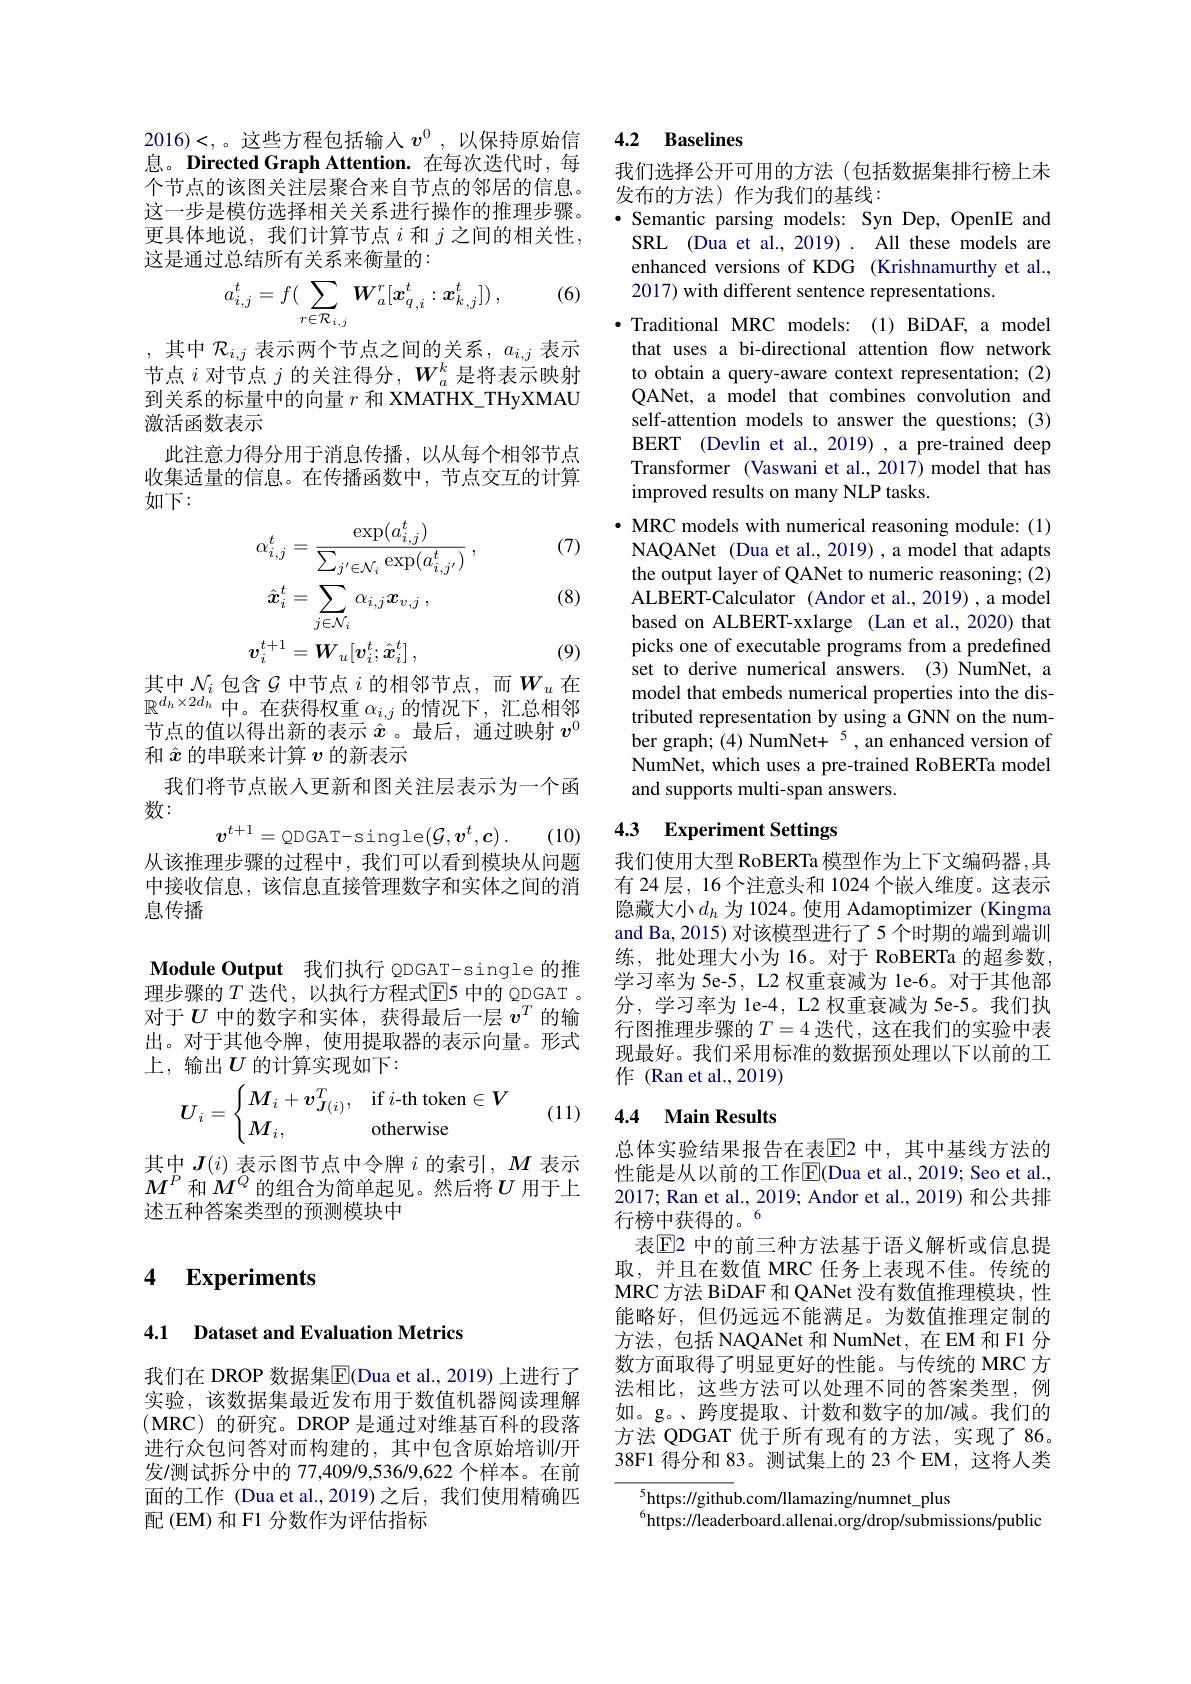
2016)<,。这些方程包括输入$v^0$,以保持原始信息。Directed Graph Attention.在每次迭代时，每个节点的该图关注层聚合来自节点的邻居的信息。这一步是模仿选择相关关系进行操作的推理步骤。更具体地说，我们计算节点$i$和$j$之间的相关性， 这是通过总结所有关系来衡量的：

(6)
$$a_{i,j}^t=f(\sum_{r\in\mathcal{R}_{i,j}}\boldsymbol{W}_{a}^{r}[\boldsymbol{x}_{q,i}^{t}:\boldsymbol{x}_{k,j}^{t}])\:,$$
,其中 $\mathcal{R}_i,j$ 表示两个节点之间的关系$,a_i,j$ 表示节点$i$对节点$j$的关注得分，$W_a^k$是将表示映射到关系的标量中的向量$r$和 XMATHX\_THyXMAU 激活函数表示
此注意力得分用于消息传播，以从每个相邻节点收集适量的信息。在传播函数中，节点交互的计算如下：

(7)
$$\begin{aligned}\alpha_{i,j}^{t}&=\frac{\exp(a_{i,j}^{t})}{\sum_{j^{\prime}\in\mathcal{N}_{i}}\exp(a_{i,j^{\prime}}^{t})}\:,\\\hat{\boldsymbol{x}}_{i}^{t}&=\sum_{j\in\mathcal{N}_{i}}\alpha_{i,j}\boldsymbol{x}_{v,j}\:,\\\boldsymbol{v}_{i}^{t+1}&=\boldsymbol{W}_{u}[\boldsymbol{v}_{i}^{t};\hat{\boldsymbol{x}}_{i}^{t}]\:,\end{aligned}$$
(8)

(9)

其中$\mathcal{N}_i$包含$\mathcal{G}$中节点$i$的相邻节点，而$W_u$在$\mathbb{R}^{d_h\times2d_h}$中。在获得权重 $\alpha_i,j$ 的情况下，汇总相邻节点的值以得出新的表示$\hat{x}$。最后，通过映射$v^0$ 和$\hat{x}$的串联来计算$v$的新表示
我们将节点嵌入更新和图关注层表示为一个函
数：
$$v^{t+1}=\mathrm{QDGAT-single}(\mathcal{G},v^{t},c)\:.$$
从该推理步骤的过程中，我们可以看到模块从问题

(10)

中接收信息，该信息直接管理数字和实体之间的消
息传播

Module Output 我们执行 QDGAT-single 的推理步骤的 $T$ 迭代，以执行方程式$\mathbb{E}$5 中的 QDGAT 。对于$U$中的数字和实体，获得最后一层$v^T$的输出。对于其他令牌，使用提取器的表示向量。形式上，输出$U$ 的计算实现如下：
$$U_i=\begin{cases}M_i+\boldsymbol{v}_{\boldsymbol{J}(i)}^T,&\text{if}i\text{-th token}\in V\\\boldsymbol{M}_i,&\text{otherwise}\end{cases}$$
(11)

其中$\boldsymbol{J}(i)$表示图节点中令牌$i$的索引$,M$表示$M^P$ 和$M^Q$ 的组合为简单起见。然后将$U$ 用于上述五种答案类型的预测模块中

# 4 Experiments

## 4.1 Dataset and Evaluation Metrics

我们在 DROP 数据集$\overline{\mathrm{E}}$(Dua et al., 2019) 上进行了实验，该数据集最近发布用于数值机器阅读理解$(\mathbf{MRC})$的研究。DROP 是通过对维基百科的段落进行众包问答对而构建的，其中包含原始培训/开发/测试拆分中的 77,409/9,536/9,622 个样本。在前面的工作 (Dua et al.,2019)之后，我们使用精确匹配(EM) 和 F1 分数作为评估指标

# 4.2 Baselines

我们选择公开可用的方法(包括数据集排行榜上未
发布的方法)作为我们的基线：
Semantic parsing models: Syn Dep, OpenIE and

SRL (Dua et al., 2019) . All these models are enhanced versions of KDG (Krishnamurthy et al., 2017) with different sentence representations.
$\bullet$ Traditional MRC models:(1)BiDAF, a model that uses a bi-directional attention flow network to obtain a query-aware context representation; (2) QANet, a model that combines convolution and self-attention models to answer the questions; (3) BERT (Devlin et al., 2019) , a pre-trained deep Transformer (Vaswani et al.,2017) model that has improved results on many NLP tasks.
· MRC models with numerical reasoning module: (1)
NAQANet (Dua et al., 2019) , a model that adapts the output layer of QANet to numeric reasoning; (2) ALBERT-Calculator (Andor et al., 2019) , a model based on ALBERT-xxlarge (Lan et al.,2020) that picks one of executable programs from a predefined set to derive numerical answers. (3) NumNet, a model that embeds numerical properties into the distributed representation by using a GNN on the number graph; $(4)\text{NumNet+}^5$, an enhanced version of NumNet, which uses a pre-trained RoBERTa model and supports multi-span answers.

4.3 Experiment Settings

我们使用大型 RoBERTa 模型作为上下文编码器 ,具有 24 层，16 个注意头和 1024 个嵌入维度。这表示隐藏大小$d_h$ 为 1024。使用 Adamoptimizer (Kingma and Ba, 2015) 对该模型进行了 5 个时期的端到端训练，批处理大小为 16。对于 RoBERTa 的超参数， 学习率为 5e-5, L2 权重衰减为 le-6。对于其他部分，学习率为 le-4, L2 权重衰减为 5e-5。我们执行图推理步骤的$T=4$ 迭代，这在我们的实验中表现最好。我们采用标准的数据预处理以下以前的工作 (Ran et al.,2019)

# 4.4 Main Results

总体实验结果报告在表$\overline{\mathrm{E}}$2 中，其中基线方法的性能是从以前的工作E(Dua et al., 2019; Seo et al. 2017; Ran et al., 2019; Andor et al., 2019) 和公共排行榜中获得的。
表$\textcircled{\mathrm{E}}$2 中的前三种方法基于语义解析或信息提取，并且在数值 MRC 任务上表现不佳。传统的MRC 方法 BiDAF 和 QANet 没有数值推理模块，性能略好，但仍远远不能满足。为数值推理定制的方法，包括 NAQANet 和 NumNet, 在 EM 和 F1 分数方面取得了明显更好的性能。与传统的 MRC 方法相比，这些方法可以处理不同的答案类型，例如。g。、跨度提取、计数和数字的加/减。我们的方法 QDGAT 优于所有现有的方法，实现了86。38F1 得分和 83。测试集上的 23 个 EM, 这将人类

$^{5}$https://github.com/llamazing/numnet\_plus
$^{6}$https://leaderboard.allenai.org/drop/submissions/public